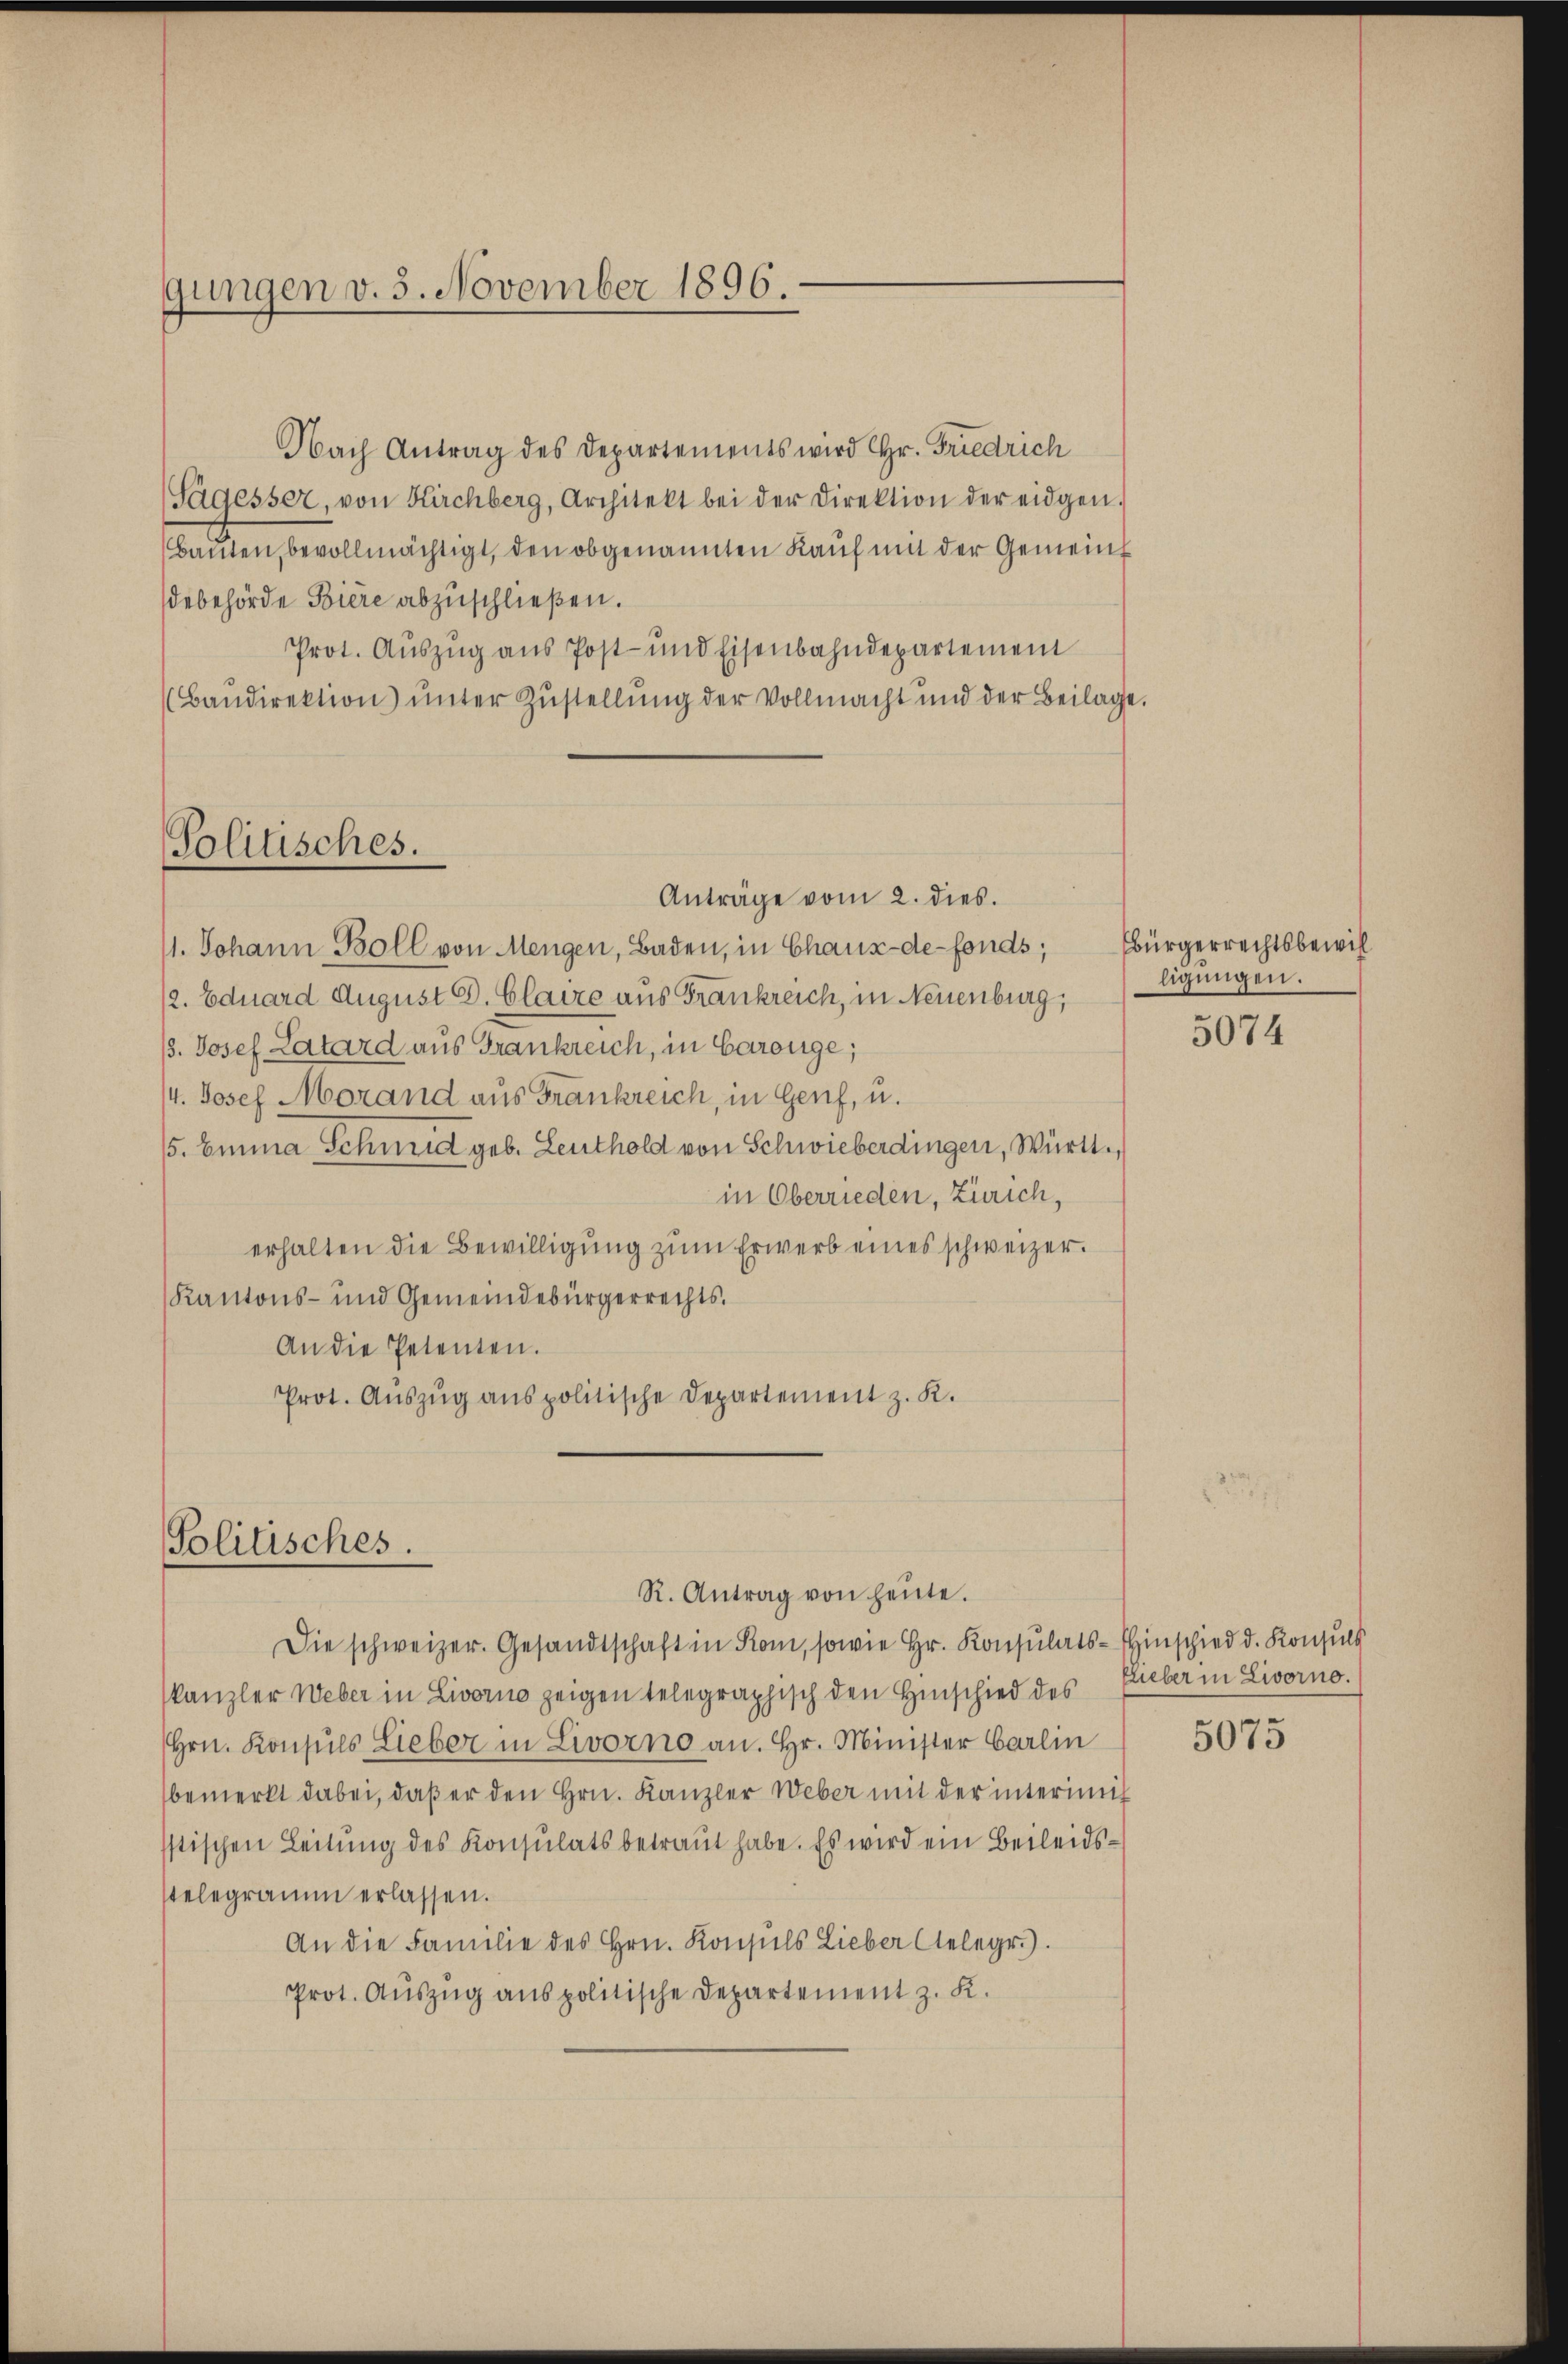
gungen v. 5. November 1896.

Politisches.

Nach Antrag des Departements wird Hr. Friedrich
(Sagesser, von Kirchberg, Architekt bei der Direktion der eidgen.
Bauten, bevollmächtigt, den obgenannten Kauf mit der Gemeins
debehörde Biere abzuschließen.
Prot. Auszug aus Post- und Eisenbahndepartement
(Baŭdirektion ŭnter Zŭstellŭng der Vollmacht und der Beilage.
Anträge vom 2. dies.
11. Johann Boll von Mengen, Baden, in Chaux-de-Fonds;
12. Eduard August G. Claire aus Frankreich, in Neuenburg,
/3. Josef Latard aus Frankreich, in Garange;
14. Josef Morand aus Frankreich, in Genf, u.
5. Einna Schneid geb. Leuthold von Schwieberdingen, Württ.
in Oberrieden, Zürich,
erhalten die Bewilligung zum Erwerb eines schweizer.
Kantons- und Gemeindebürgerrechts.
An die Petenten.
Prot. Aŭszŭg anspolitische Departement z. K.

Politisches.

R. Antrag von heŭte.

Die schweizer. Gesandtschaft in Rom, sowie Hr. Konsulats-Einschied d. Konsuls
kanzler Weber in Livorno zeigen telegraphisch den Hinschied des
Hrn. Konsuls Lieber in Livorno an. Hr. Minister Carlin
bemerkt dabei, daβ er den Hrn. Kanzler Weber mit der interimis
Istischen Leitung des Konsulats betraut habe. Es wird ein Beileidsstelegramm erlassen.
An die Familie des Hrn. Konsuls Lieber telegr.).
Prot. Aŭszŭg anspolitische Departement z. K.

bürgerrechtsbewil
ligungen.

5074

Lieber in Livorno.

5075